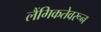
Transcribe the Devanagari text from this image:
लैंगिकतेवरून